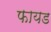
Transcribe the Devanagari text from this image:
फायड